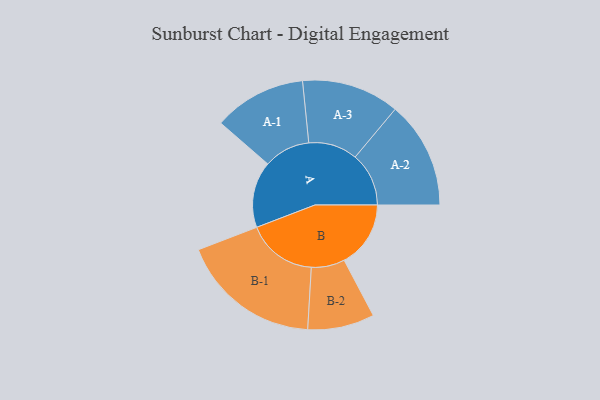
{"axis": {"x": "Segment", "y": "Value"}, "legend": ["", "A", "B"], "data": [{"x": "A", "y": 282, "type": ""}, {"x": "B", "y": 283, "type": ""}, {"x": "A-1", "y": 197, "type": "A"}, {"x": "A-2", "y": 228, "type": "A"}, {"x": "A-3", "y": 208, "type": "A"}, {"x": "B-1", "y": 299, "type": "B"}, {"x": "B-2", "y": 142, "type": "B"}]}